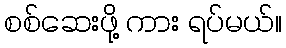
စစ်ဆေးဖို့ ကား ရပ်မယ်။